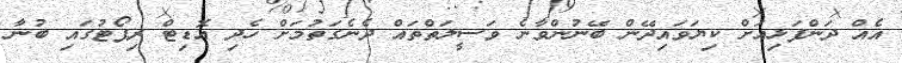
އެއް ދަންފަޅިއަށް ކިޔަވައިދޭން ބޭނުންވާނެ ވަސީލަތްތައް ދެނެގަތުމަށް ހެދި އޮޑިޓް ރިޕޯޓުގައި ބުނާ